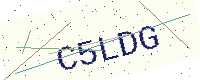
Text: C5LDG